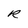
Character: R